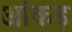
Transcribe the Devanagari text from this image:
आंकड़